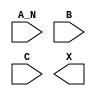
module sky130_fd_sc_hdll__and3b (
    //# {{data|Data Signals}}
    input  A_N,
    input  B  ,
    input  C  ,
    output X
);

    // Voltage supply signals
    supply1 VPWR;
    supply0 VGND;
    supply1 VPB ;
    supply0 VNB ;

endmodule